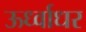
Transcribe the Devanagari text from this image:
ऊर्ध्‍वाधर